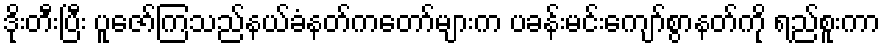
ဒိုးတီးပြီး ပူဇော်ကြသည်နယ်ခံနတ်ကတော်များက ပခန်းမင်းကျော်စွာနတ်ကို ရည်စူးကာ